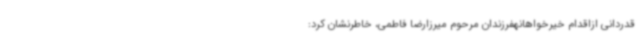
قدردانی ازاقدام خیرخواهانهفرزندان مرحوم میرزارضا فاطمی، خاطرنشان کرد: